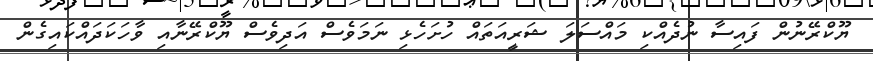
ޔޫކްރޭނުން ފައިސާ ނުދެއްކި މައްސަލަ ޝަރީއަތައް ހުށަހެޅި ނަމަވެސް އަދިވެސް ޔޫކްރޭނާއި ވާހަކަދައްކައިގެން